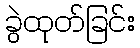
ခွဲထုတ်ခြင်း